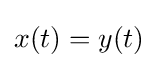
x(t)=y(t)